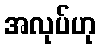
အလုပ်ဟု